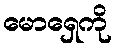
မောရှေကို